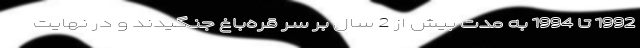
1992 تا 1994 به مدت بیش از 2 سال بر سر قره‌باغ جنگیدند و در نهایت